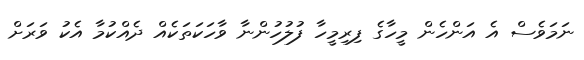
ނަމަވެސް އެ އަންހެން މީހާގެ ފިރިމީހާ ފުލުހުންނާ ވާހަކަތަކެއް ދެއްކުމާ އެކު ވަރަށް